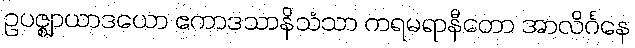
ဥပဇ္ဈာယာဒယော ဧကာဒသာနိသံသာ ကရမရာနီတော အာလိင်္ဂနေ